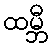
ထမ္ဘီ